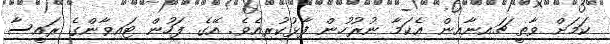
ކަމަށް ވާތީ ޗައިނާއިން އެކަމާ ނުރުހުން ފާޅުކުރިއެވެ. އޭގެ ފަހުން ޓައިވާންގެ ރައީސާ